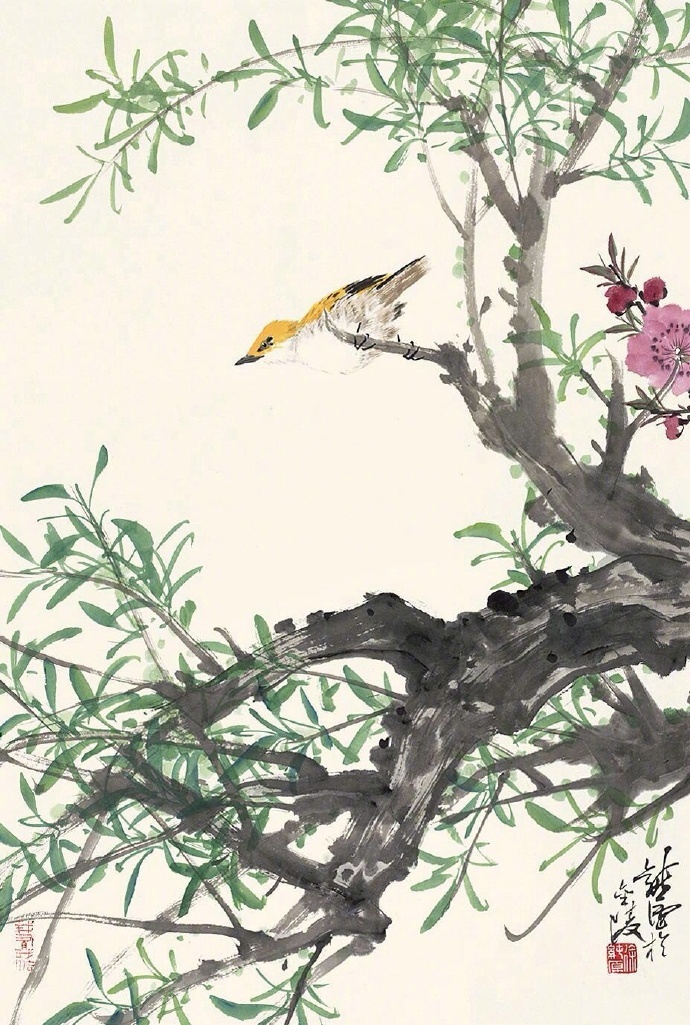
黄莺也爱新凉好，飞过青山影里啼。